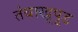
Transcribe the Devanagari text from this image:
तंबाखूपूड